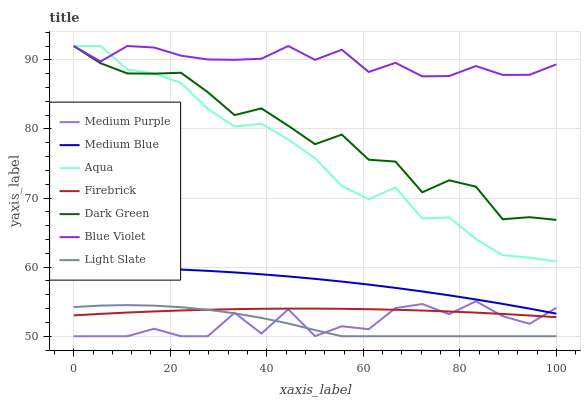
| xaxis_label | Medium Purple | Medium Blue | Aqua | Firebrick | Dark Green | Blue Violet | Light Slate |
 | --- | --- | --- | --- | --- | --- | --- | --- |
 | 0 | 50 | 60 | 92 | 53 | 92 | 92 | 54.2 |
 | 5.56 | 50 | 60 | 92 | 53.2 | 89.5 | 89.8 | 54.4 |
 | 11.1 | 50 | 59.9 | 88.6 | 53.4 | 88 | 92 | 54.5 |
 | 16.7 | 51.1 | 59.8 | 88 | 53.6 | 88 | 91.8 | 54.4 |
 | 22.2 | 50 | 59.7 | 86.7 | 53.7 | 88.1 | 90.6 | 54.2 |
 | 27.8 | 50 | 59.5 | 82.9 | 53.8 | 85.3 | 90.1 | 53.8 |
 | 33.3 | 53.4 | 59.2 | 80.4 | 53.9 | 82 | 90 | 53.3 |
 | 38.9 | 50.4 | 59 | 80.7 | 54 | 83 | 90.2 | 52.7 |
 | 44.4 | 53.9 | 58.7 | 78.5 | 54 | 80.5 | 92 | 51.8 |
 | 50 | 50 | 58.3 | 75.8 | 54 | 77.8 | 90 | 50.9 |
 | 55.6 | 51.4 | 57.9 | 71.7 | 54 | 79.2 | 91.5 | 50 |
 | 61.1 | 51 | 57.5 | 69.8 | 53.9 | 75.5 | 88.2 | 50 |
 | 66.7 | 54.1 | 57 | 71.5 | 53.8 | 75.3 | 89.6 | 50 |
 | 72.2 | 54.7 | 56.5 | 67 | 53.7 | 70.8 | 87.6 | 50 |
 | 77.8 | 53.2 | 55.9 | 67.2 | 53.6 | 72.6 | 87.7 | 50 |
 | 83.3 | 55.1 | 55.3 | 64.1 | 53.4 | 71.6 | 89.1 | 50 |
 | 88.9 | 52.9 | 54.7 | 61.7 | 53.2 | 66.9 | 87.8 | 50 |
 | 94.4 | 51.8 | 54 | 61.4 | 53 | 67.2 | 87.8 | 50 |
 | 100 | 54.1 | 53.3 | 60.8 | 52.8 | 66.8 | 89.3 | 50 |